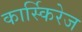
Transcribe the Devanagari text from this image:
कार्स्किरेज